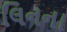
લિનના